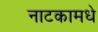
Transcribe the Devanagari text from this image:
नाटकामधे